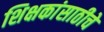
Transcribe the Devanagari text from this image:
शिक्षकांसाठीचे